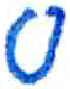
אות: ס